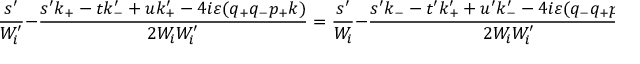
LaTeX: \frac { s ^ { \prime } } { W _ { i } ^ { \prime } } - \frac { s ^ { \prime } k _ { + } - t k _ { - } ^ { \prime } + u k _ { + } ^ { \prime } - 4 i \varepsilon ( q _ { + } q _ { - } p _ { + } k ) } { 2 W _ { i } W _ { i } ^ { \prime } } = \frac { s ^ { \prime } } { W _ { i } } - \frac { s ^ { \prime } k _ { - } - t ^ { \prime } k _ { + } ^ { \prime } + u ^ { \prime } k _ { - } ^ { \prime } - 4 i \varepsilon ( q _ { - } q _ { + } p _ { - } k ) } { 2 W _ { i } W _ { i } ^ { \prime } } .